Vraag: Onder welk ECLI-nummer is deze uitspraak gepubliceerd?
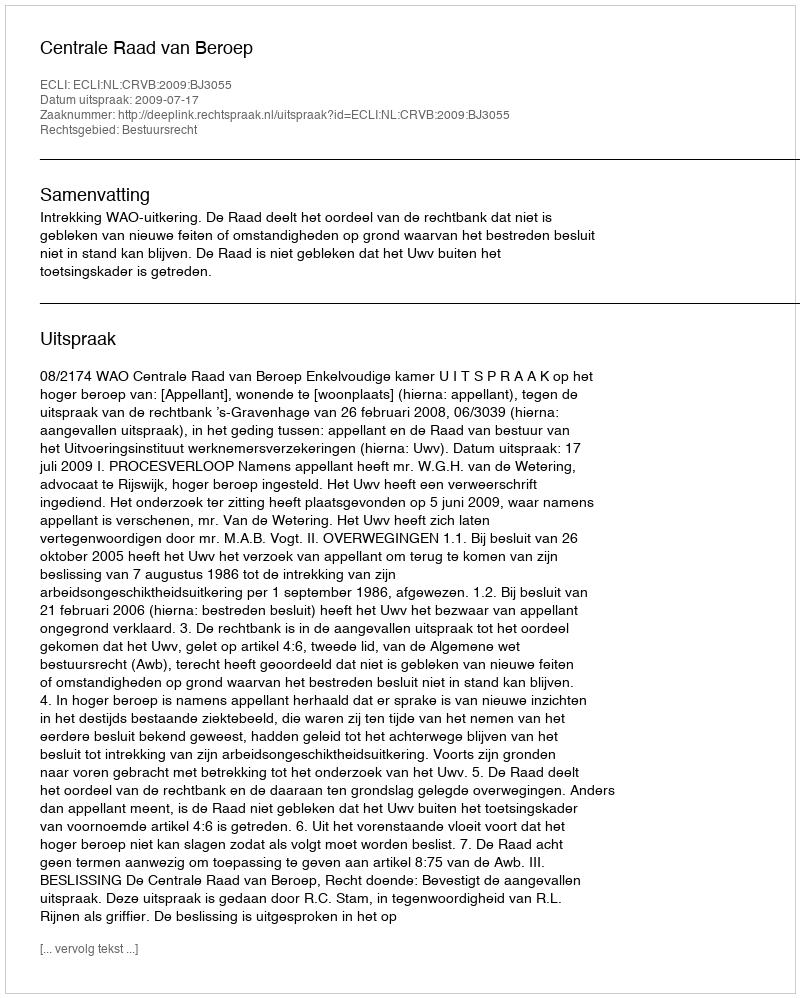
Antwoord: ECLI:NL:CRVB:2009:BJ3055